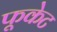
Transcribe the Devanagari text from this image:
फूकेट